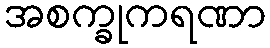
အစက္ခုကရဏာ